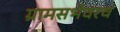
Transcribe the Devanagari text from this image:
ग्रामसभेवरच